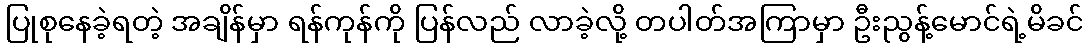
ပြုစုနေခဲ့ရတဲ့ အချိန်မှာ ရန်ကုန်ကို ပြန်လည် လာခဲ့လို့ တပါတ်အကြာမှာ ဦးညွန့်မောင်ရဲ့မိခင်